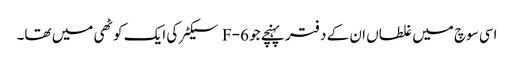
اسی سوچ میں غلطاں ان کے دفتر پہنچے جو F-6 سیکٹر کی ایک کوٹھی میں تھا۔